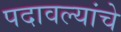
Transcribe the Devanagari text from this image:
पदावल्यांचे